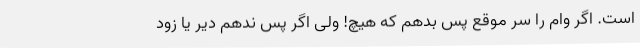
است. اگر وام را سر موقع پس بدهم که هیچ! ولی اگر پس ندهم دیر یا زود